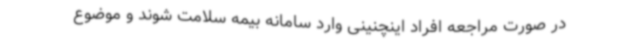
در صورت مراجعه افراد اینچنینی وارد سامانه بیمه سلامت شوند و موضوع